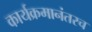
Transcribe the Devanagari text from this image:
कार्यक्रमानंतरच